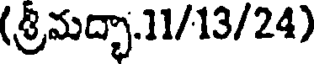
(శ్రీమద్భా.11/13/24)